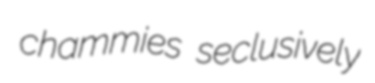
chammies seclusively